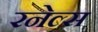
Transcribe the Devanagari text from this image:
रनेल्स